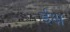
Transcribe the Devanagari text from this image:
ईक्ष